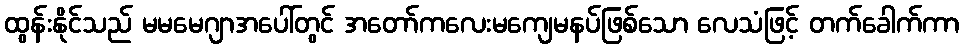
ထွန်းနိုင်သည် မမမေဂျာအပေါ်တွင် အတော်ကလေးမကျေမနပ်ဖြစ်သော လေသံဖြင့် တက်ခေါက်ကာ